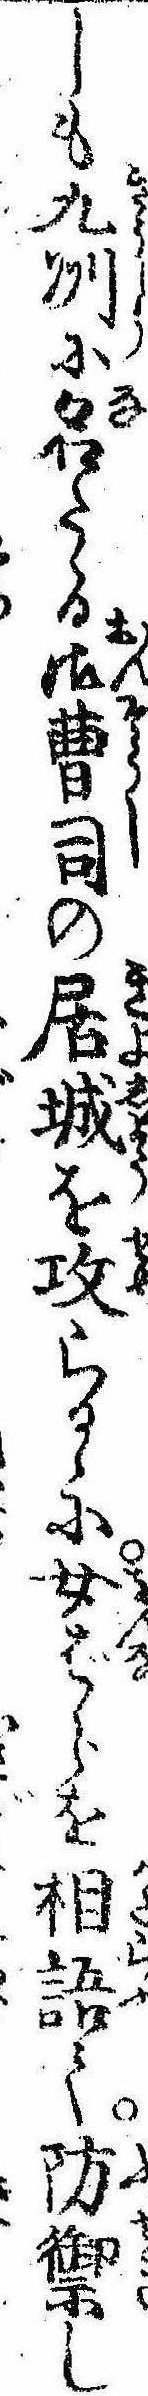
しも九州に名たゝる御曹司の居城を攻らるゝに女ばらを相語て防禦し